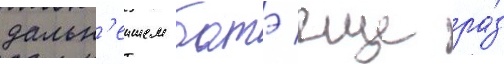
дальн'еишем батэ еще ра́з